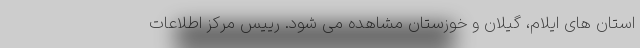
استان های ایلام، گیلان و خوزستان مشاهده می شود. رییس مرکز اطلاعات